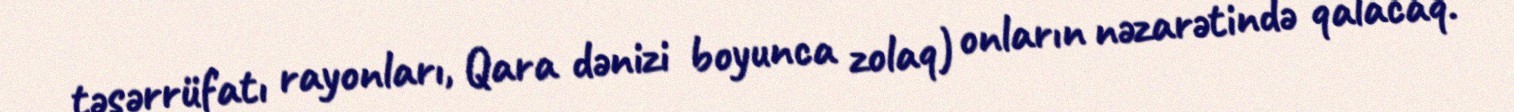
təsərrüfatı rayonları, Qara dənizi boyunca zolaq) onların nəzarətində qalacaq.